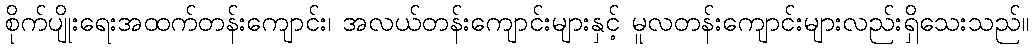
စိုက်ပျိုးရေးအထက်တန်းကျောင်း၊ အလယ်တန်းကျောင်းများနှင့် မူလတန်းကျောင်းများလည်းရှိသေးသည်။